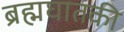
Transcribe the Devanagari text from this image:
ब्रह्मघातकी